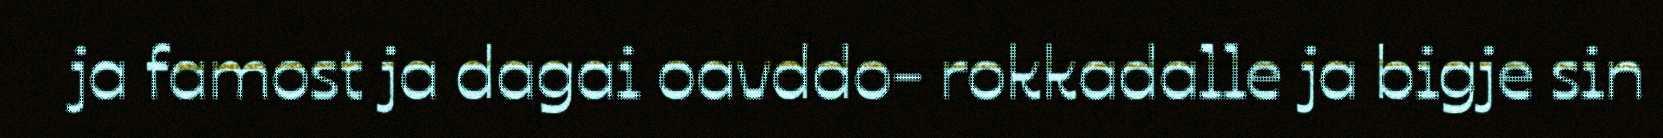
ja famost ja dagai oavddo- rokkadalle ja bigje sin